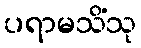
ပရာမသိံသု